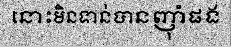
នោះមិនទាន់បានញ៉ាំផង